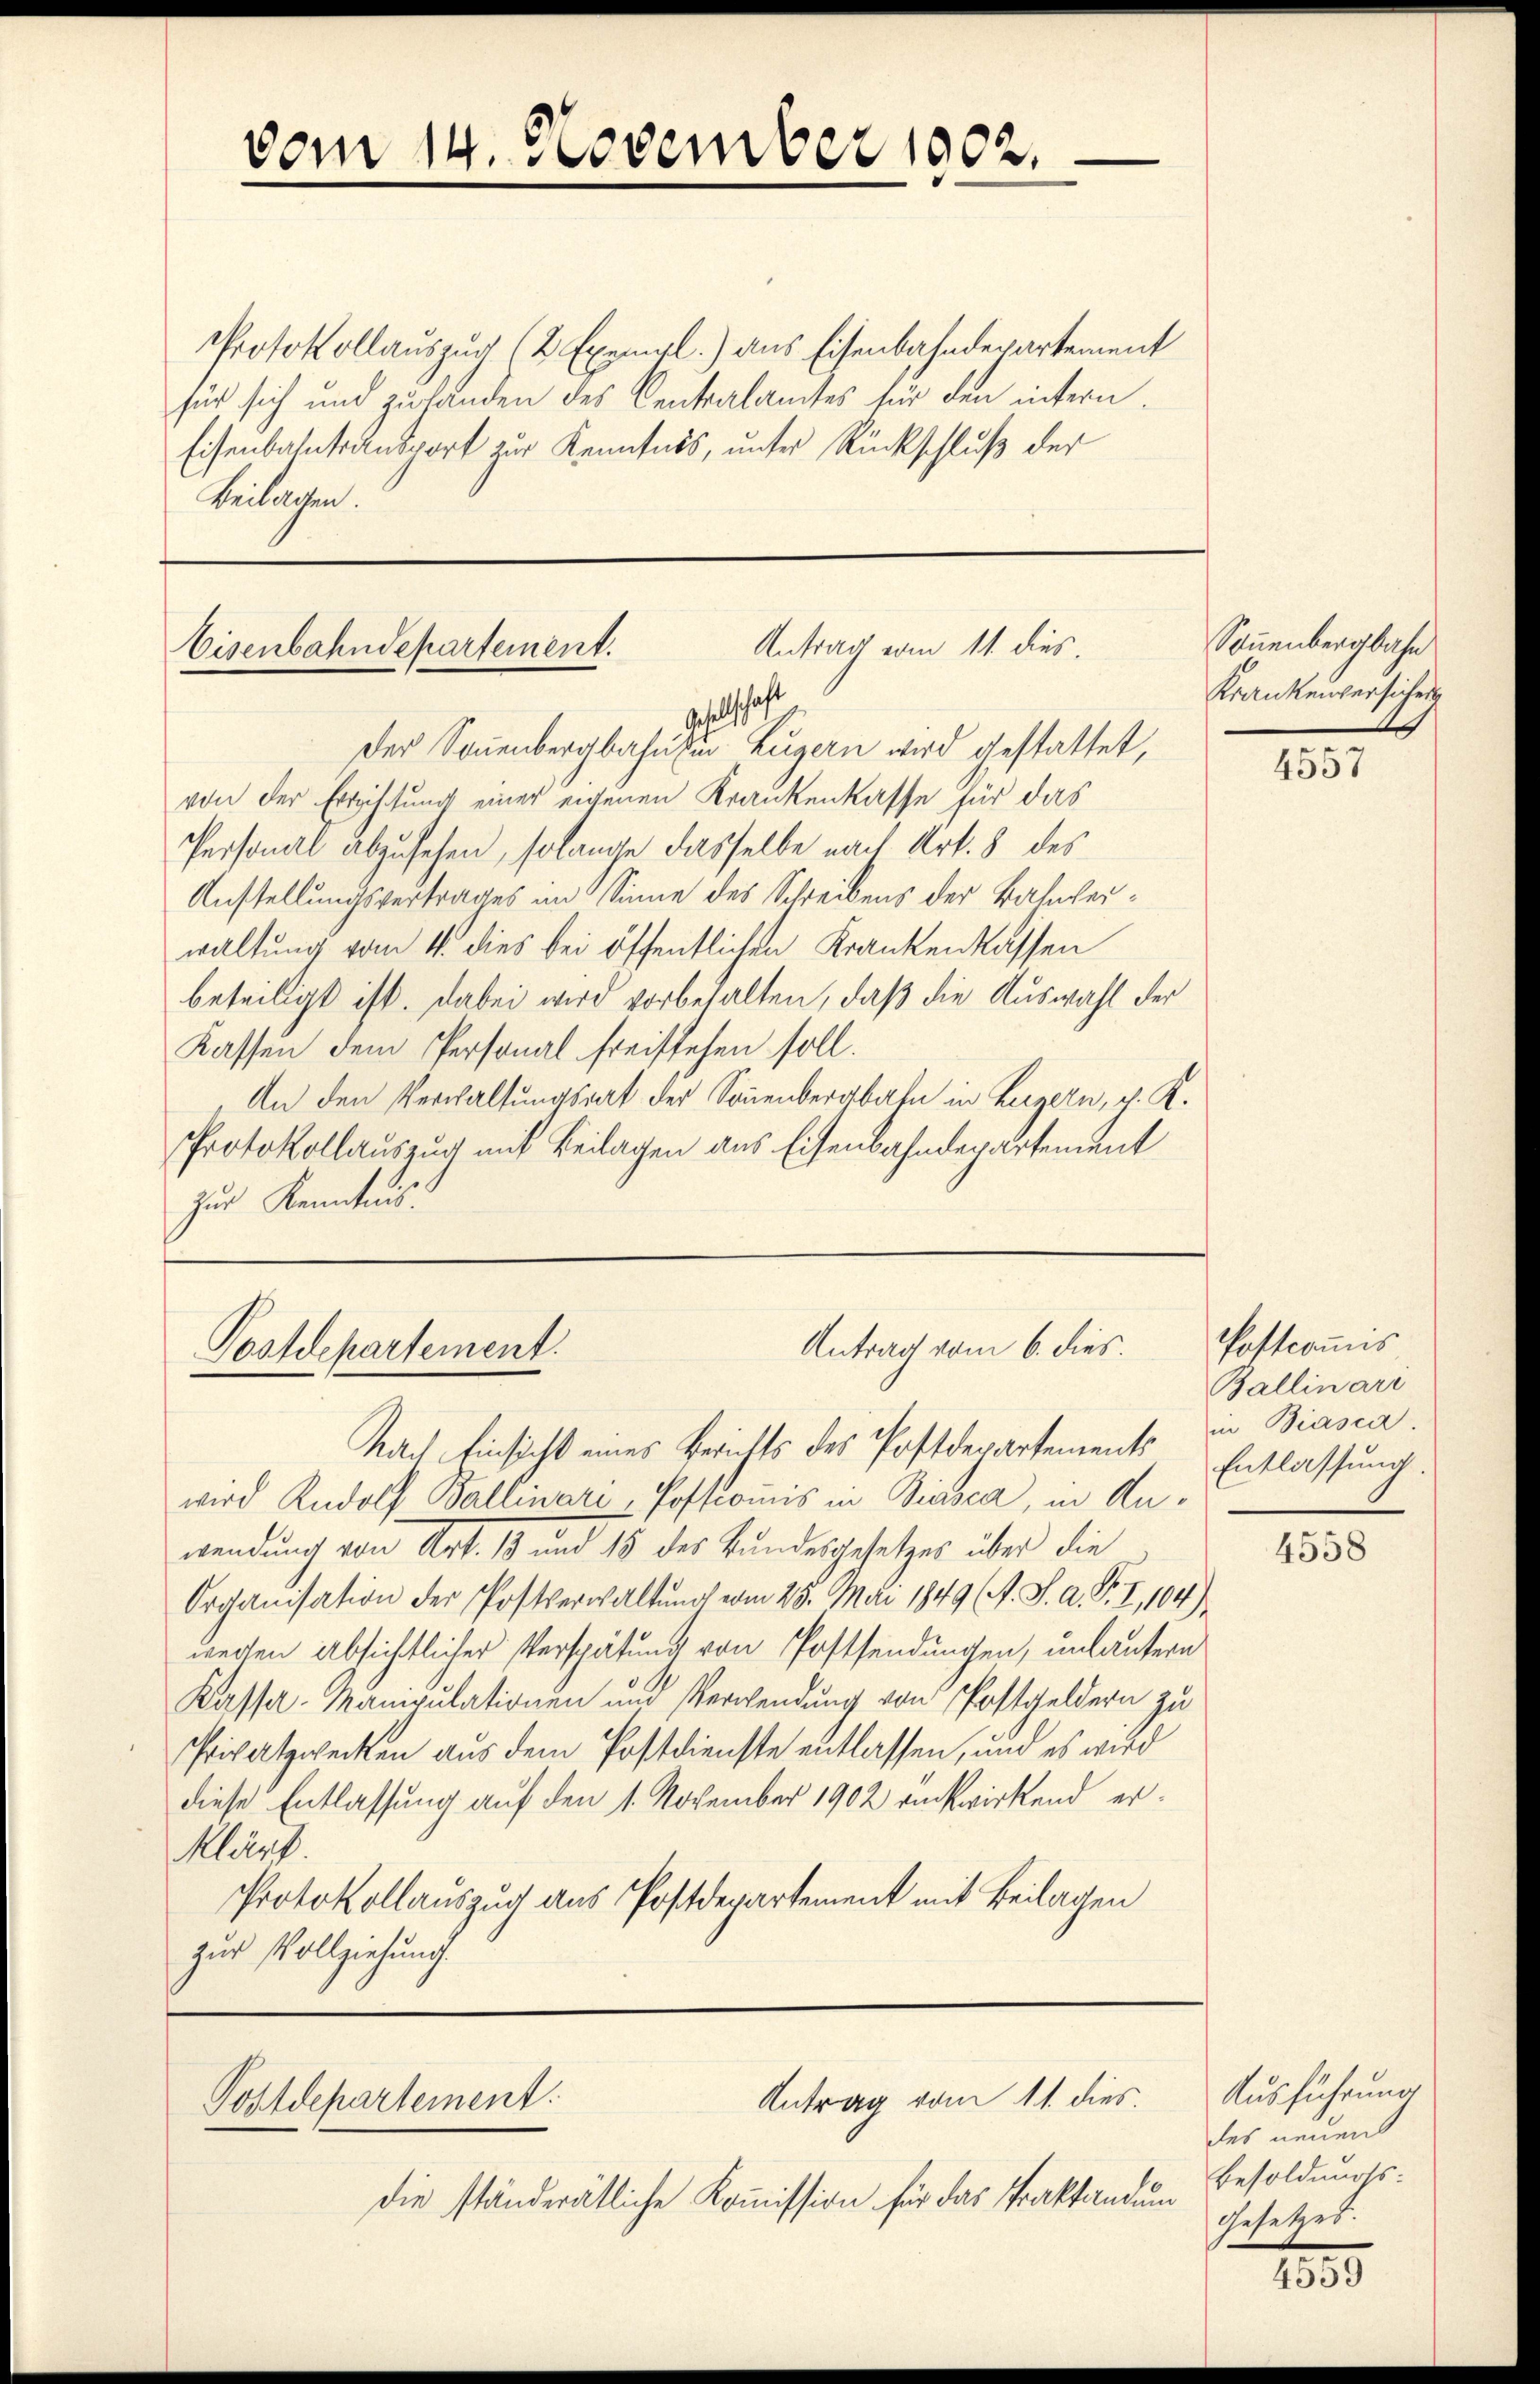
vom 14. November 1902.

Protokollauszug (2 Exempl.) aus Eisenbahndepartement
für sich und zu handen des Centralamtes für den intern.
Eisenbahntransport zur Kenntnis, unter Rückschluß der
Beilagen.

Antrag vom 11. dies
Eisenbahndepartement.
Gestatthaft
Der Sonnenbergbahn in Luzern wird gestattet,

von der Errichtung einer eigenen Krankenkasse für das
Personal abzusehen, solange dasselbe nach Art. 8 des
Anstellungsvertrages im Sinne des Schreibens der Bahnleiwaltung vom 4. dies bei öffentlichen Krankenkassen
beteiligt ist. Dabei wird vorbehalten, daß die Auswahl der
Kassen dem Personal freistehen soll.
An den Verwaltungsrat der Sonnenbergbahn in Luzern, z. K.
Protokollauszug mit Beilagen aus Eisenbahndepartement
zur Kenntnis.

Antrag vom 6. dies.
Postdepartement.

Antrag vom 11. dies
Postdepartement.

Nach Einsicht eines Berichts des Postdepartements Entlassung.
wird Rudolf Ballinare, Postcommis in Biasca, in Anwendung von Art. 1 und 15 des Bundesgesetzes über die
Organisation der Postverwaltung vom 25. Mai 1849 (s. S. A. B. I,104)
werten absichtlicher Verspätung von Postsendungen, unlautern
Kassa-Manipulationen und Verwendung von Postgeldern zu
Privatzwecken aus dem Postdienste entlassen, und es wird
diese Entlassung auf den 1. November 1902 einstwirkend erklärt.
Protokollauszug aus Postdepartement mit Beilagen
zur Vollziehung.

die ständerätliche Kommission für das Praktandung

Sonnenbergbahn
Krankenversicher

Postconus
Ballinari
in Biasca

4557

4558

Ausführung
des neuen
Besoldungs:
Gesetzes.
e

4559